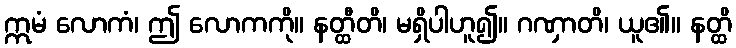
ဣမံ လောကံ၊ ဤ လောကကို။ နတ္ထီတိ၊ မရှိပါဟူ၍။ ဂဏှာတိ၊ ယူ၏။ နတ္ထိ